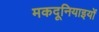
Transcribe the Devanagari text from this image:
मकदूनियाइयों